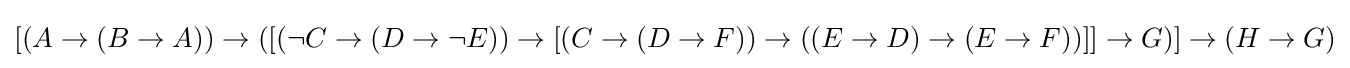
[(A\to (B\to A))\to ([(\neg C\to (D\to \neg E))\to [(C\to (D\to F))\to ((E\to D)\to (E\to F))]]\to G)]\to (H\to G)